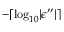
- \lceil \log _ { 1 0 } \lvert \epsilon ^ { \prime \prime } \rvert \rceil